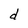
Character: d